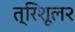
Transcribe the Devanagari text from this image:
त्रिशूल२